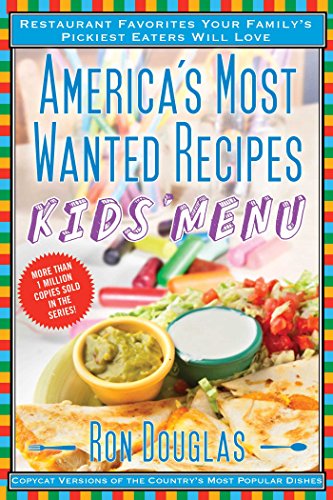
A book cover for America's Most Wanted Recipes Kids' Menu: Restaurant Favorites Your Family's Pickiest Eaters Will Love (America's Most Wanted Recipes Series); Ron Douglas; Cookbooks, Food & Wine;